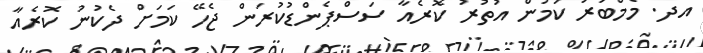
އދ. މެމްބަރު ކަމުން އުތުރު ކޮރެއާ ސަސްޕެންޑުކުރަން ޖެހޭ ކަމަށް ދެކުނު ކޮރެއާ